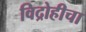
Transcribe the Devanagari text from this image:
विद्रोहीचा